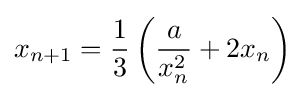
x_{n+1}={\frac {1}{3}}\left({\frac {a}{x_{n}^{2}}}+2x_{n}\right)